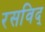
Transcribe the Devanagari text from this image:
रसविद्